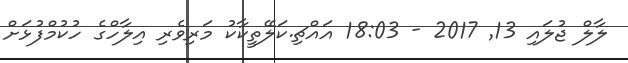
ލާލް ޖުލައި 13